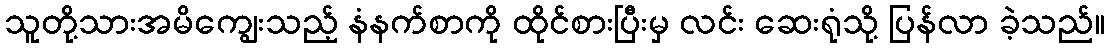
သူတို့သားအမိကျွေးသည့် နံနက်စာကို ထိုင်စားပြီးမှ လင်း ဆေးရုံသို့ ပြန်လာ ခဲ့သည်။